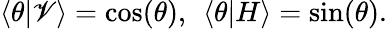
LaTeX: \langle\theta|\mathscr{V}\rangle=\cos(\theta),\: \: \langle\theta|H\rangle=\sin(\theta).